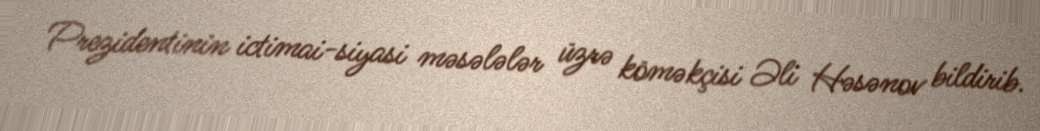
Prezidentinin ictimai-siyasi məsələlər üzrə köməkçisi Əli Həsənov bildirib.